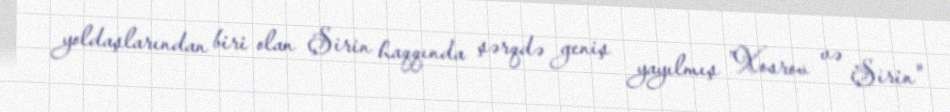
yoldaşlarından biri olan Şirin haqqında şərqdə geniş yayılmış "Xosrov və Şirin"